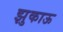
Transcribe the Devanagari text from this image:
झुकाऊ